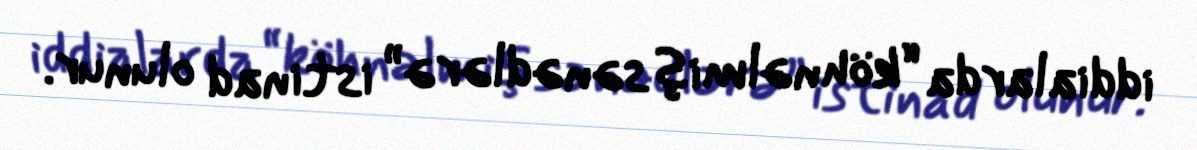
iddialarda “köhnəlmiş sənədlərə” istinad olunur.